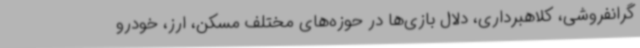
گرانفروشی، کلاهبرداری، دلال بازی‌ها در حوزه‌های مختلف مسکن، ارز، خودرو